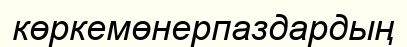
көркемөнерпаздардың